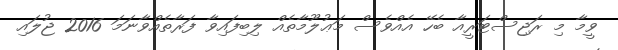
ވީމާ މި ރަޖިސްޓަރީއާ ބެހޭ އެއްވެސް މަޢުލޫމާތެއް ލިބިފައިވާ ފަރާތެއްވާނަމަ 2016 ޖުލައި